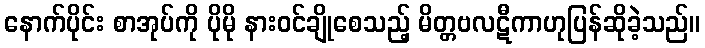
နောက်ပိုင်း စာအုပ်ကို ပိုမို နားဝင်ချိုစေသည့် မိတ္တဗလဋီကာဟုပြန်ဆိုခဲ့သည်။